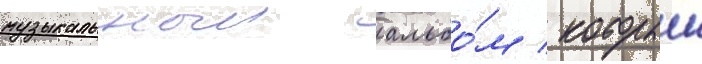
музыкальныи альбо́м / которыи